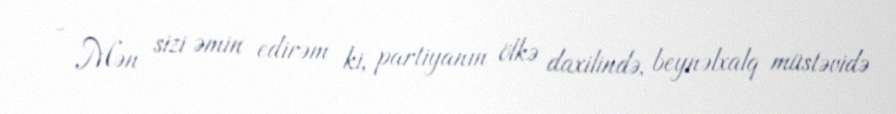
- Mən sizi əmin edirəm ki, partiyanın ölkə daxilində, beynəlxalq müstəvidə